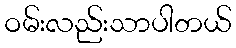
ဝမ်းလည်းသာပါတယ်